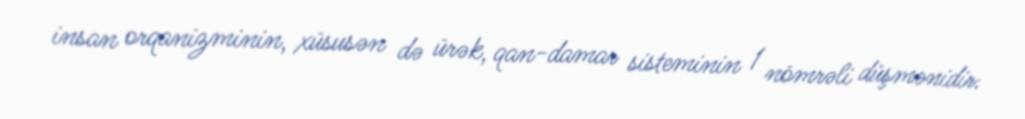
insan orqanizminin, xüsusən də ürək, qan-damar sisteminin 1 nömrəli düşmənidir: